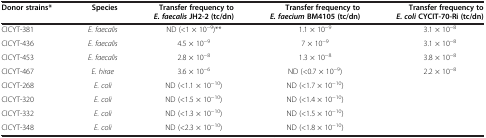
<table><thead><tr><td><b>Donor strains*</b></td><td><b>Species</b></td><td><b>Transfer frequency to <i>E. faecalis </i>JH2-2 (tc/dn)</b></td><td><b>Transfer frequency to <i>E. faecium </i>BM4105 (tc/dn)</b></td><td><b>Transfer frequency to <i>E. coli </i>CYCIT-70-Ri (tc/dn)</b></td></tr></thead><tbody><tr><td>CICYT-381</td><td><i>E. faecalis</i></td><td>ND (&lt;1 × 10<sup>−9</sup>)**</td><td>1.1 × 10<sup>−9</sup></td><td>3.1 × 10<sup>−8</sup></td></tr><tr><td>CICYT-436</td><td><i>E. faecalis</i></td><td>4.5 × 10<sup>−9</sup></td><td>7 × 10<sup>−9</sup></td><td>3.1 × 10<sup>−8</sup></td></tr><tr><td>CICYT-453</td><td><i>E. faecalis</i></td><td>2.8 × 10<sup>−8</sup></td><td>1.3 × 10<sup>−8</sup></td><td>3.8 × 10<sup>−8</sup></td></tr><tr><td>CICYT-467</td><td><i>E. hirae</i></td><td>3.6 × 10<sup>−6</sup></td><td>ND (&lt;0.7 × 10<sup>−9</sup>)</td><td>2.2 × 10<sup>−8</sup></td></tr><tr><td>CICYT-268</td><td><i>E. coli</i></td><td>ND (&lt;1.1 × 10<sup>−10</sup>)</td><td>ND (&lt;1.7 × 10<sup>−10</sup>)</td><td> </td></tr><tr><td>CICYT-320</td><td><i>E. coli</i></td><td>ND (&lt;1.5 × 10<sup>−10</sup>)</td><td>ND (&lt;1.4 × 10<sup>−10</sup>)</td><td> </td></tr><tr><td>CICYT-332</td><td><i>E. coli</i></td><td>ND (&lt;1.3 × 10<sup>−10</sup>)</td><td>ND (&lt;1.5 × 10<sup>−10</sup>)</td><td> </td></tr><tr><td>CICYT-348</td><td><i>E. coli</i></td><td>ND (&lt;2.3 × 10<sup>−10</sup>)</td><td>ND (&lt;1.8 × 10<sup>−10</sup>)</td><td> </td></tr></tbody></table>